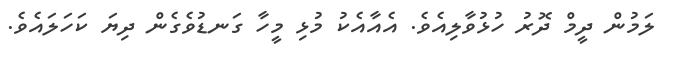
ލަމުން ދީމް ދޮރު ހުޅުވާލިއެވެ. އެއާއެކު މުޅި މީހާ ގަނޑުވެގެން ދިޔަ ކަހަލައެވެ.